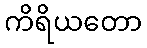
ကိရိယတော